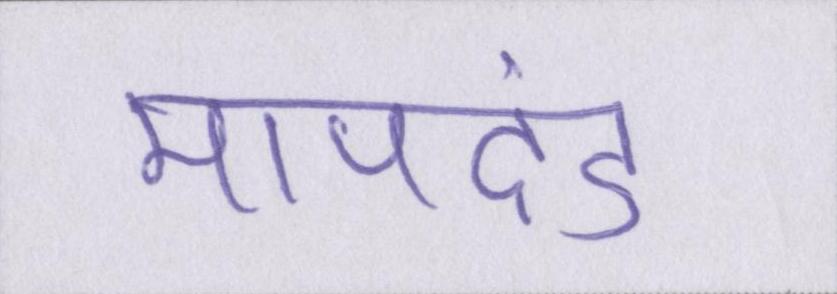
मापदंड